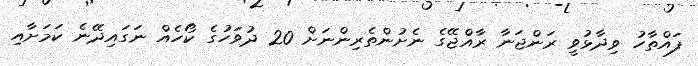
ފައްތާހު ވިދާޅުވީ ރަންޖަނާ ރާއްޖޭގެ ނެށުންތެރިންނަށް 20 ދުވަހުގެ ކޯހެއް ނަގައިދޭނެ ކަމަށާއި